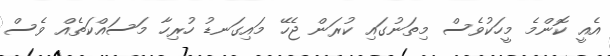
އެއީ ކޮންމެ މީހަކުވެސް މިތަނުގައި ކުރަން ޖެހޭ މައިގަނޑު ހުރިހާ މަސައްކަތެއް ވެސް